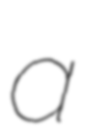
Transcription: a